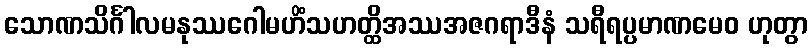
သောဏသိင်္ဂါလမနုဿဂေါမဟိံသဟတ္ထိအဿအဇဂရာဒီနံ သရီရပ္ပမာဏမေဝ ဟုတွာ